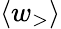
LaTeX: \langle{w_{\mathrm{>}}}\rangle